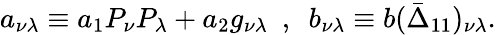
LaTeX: a_{\nu\lambda}\equiv a_{1}P_{\nu}P_{\lambda}+a_{2}g_{\nu\lambda}~~,~~b_{\nu\lambda}\equiv b(\bar{\Delta}_{11})_{\nu\lambda}.